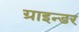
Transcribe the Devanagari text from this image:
ग्राइन्डर